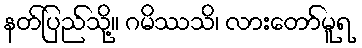
နတ်ပြည်သို့။ ဂမိဿသိ၊ လားတော်မူရ